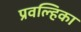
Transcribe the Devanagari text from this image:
प्रवल्हिका